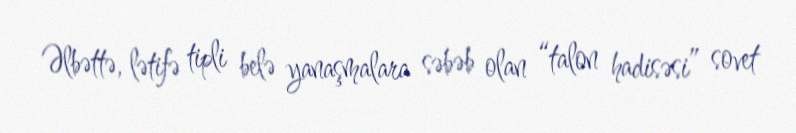
Əlbəttə, lətifə tipli belə yanaşmalara səbəb olan “talon hadisəsi” sovet